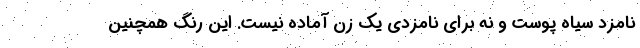
نامزد سیاه پوست و نه برای نامزدی یک زن آماده نیست. این رنگ همچنین